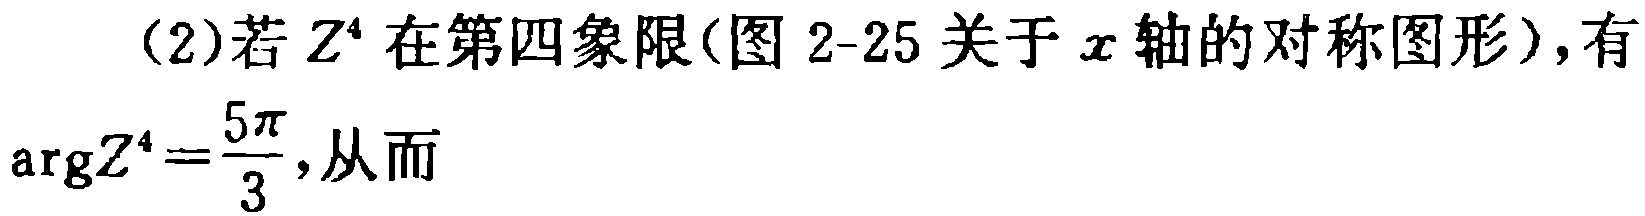
(2)若\(Z^{4}\)在第四象限(图 2-25 关于\(x\)轴的对称图形)，有\(\arg Z^{4}=\frac{5\pi}{3}\)，从而